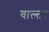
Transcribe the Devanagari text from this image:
वाल्तर